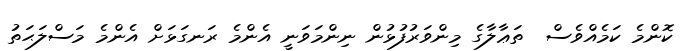
ކޮންމެ ކަމެއްވެސް  ތަޢާލާގެ މިންވަރުފުޅުން ނިންމަވަނީ އެންމެ ރަނގަޅަށް އެންމެ މަސްލަޙަތު